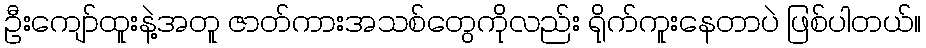
ဦးကျော်ထူးနဲ့အတူ ဇာတ်ကားအသစ်တွေကိုလည်း ရိုက်ကူးနေတာပဲ ဖြစ်ပါတယ်။